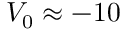
V _ { 0 } \approx - 1 0